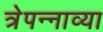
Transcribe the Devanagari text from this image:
त्रेपन्नाव्या